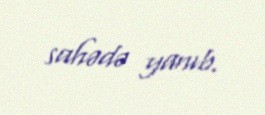
sahədə yanıb.